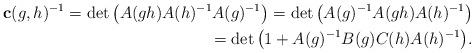
LaTeX: \begin{align*}\mathbf c(g,h)^{-1}=\det\big(A(gh)A(h)^{-1}A(g)^{-1}\big)=\det\big(A(g)^{-1}A(gh)A(h)^{-1}\big)\\\hphantom{\mathbf c(g,h)^{-1}}{}=\det\big(1+A(g)^{-1}B(g)C(h)A(h)^{-1}\big).\end{align*}